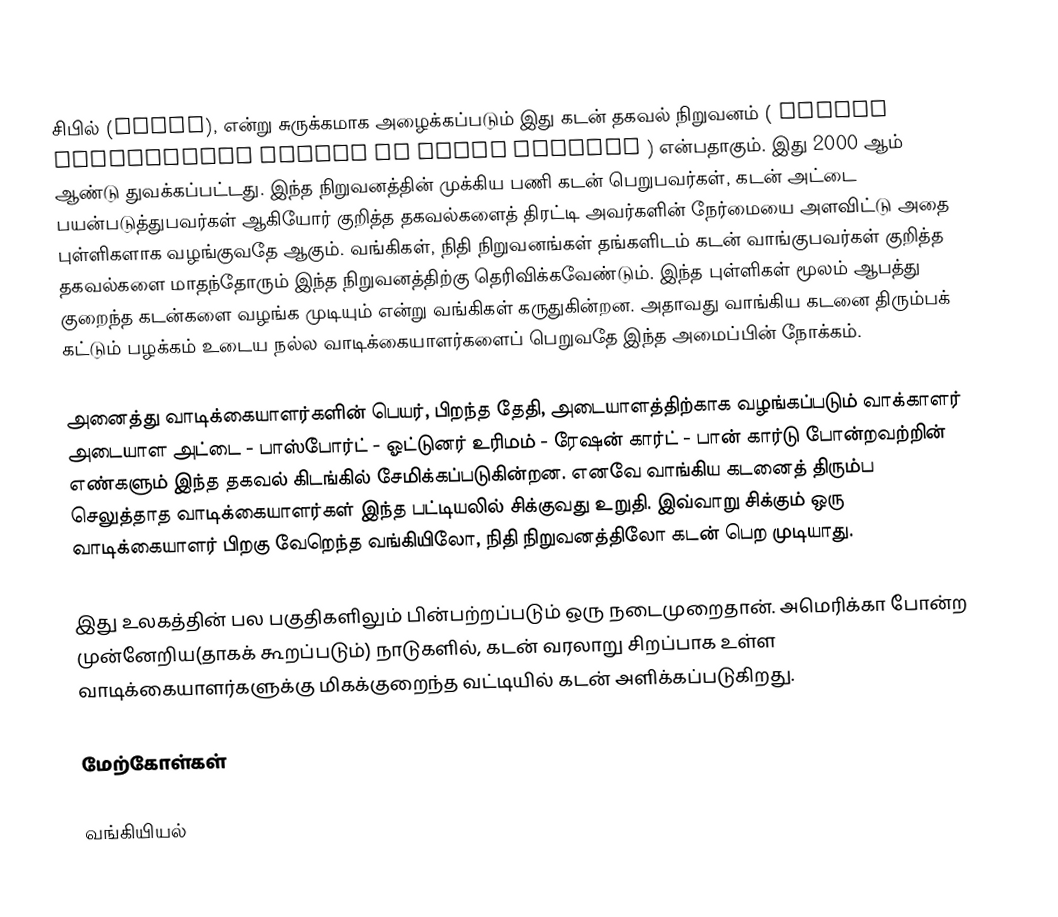
சிபில் (CIBIL), என்று சுருக்கமாக அழைக்கப்படும் இது கடன் தகவல் நிறுவனம் ( Credit Information Bureau of India Limited ) என்பதாகும். இது 2000 ஆம் ஆண்டு துவக்கப்பட்டது.  இந்த நிறுவனத்தின் முக்கிய பணி கடன் பெறுபவர்கள், கடன் அட்டை பயன்படுத்துபவர்கள் ஆகியோர் குறித்த தகவல்களைத் திரட்டி அவர்களின் நேர்மையை அளவிட்டு அதை புள்ளிகளாக வழங்குவதே ஆகும். வங்கிகள், நிதி நிறுவனங்கள் தங்களிடம் கடன் வாங்குபவர்கள் குறித்த தகவல்களை மாதந்தோரும் இந்த நிறுவனத்திற்கு தெரிவிக்கவேண்டும். இந்த புள்ளிகள் மூலம் ஆபத்து குறைந்த கடன்களை வழங்க முடியும் என்று வங்கிகள் கருதுகின்றன. அதாவது வாங்கிய கடனை திரும்பக் கட்டும் பழக்கம் உடைய நல்ல வாடிக்கையாளர்களைப் பெறுவதே இந்த அமைப்பின் நோக்கம்.

அனைத்து வாடிக்கையாளர்களின் பெயர், பிறந்த தேதி, அடையாளத்திற்காக வழங்கப்படும் வாக்காளர் அடையாள அட்டை - பாஸ்போர்ட் - ஓட்டுனர் உரிமம் - ரேஷன் கார்ட் - பான் கார்டு போன்றவற்றின் எண்களும் இந்த தகவல் கிடங்கில் சேமிக்கப்படுகின்றன. எனவே வாங்கிய கடனைத் திரும்ப செலுத்தாத வாடிக்கையாளர்கள் இந்த பட்டியலில் சிக்குவது உறுதி. இவ்வாறு சிக்கும் ஒரு வாடிக்கையாளர் பிறகு வேறெந்த வங்கியிலோ, நிதி நிறுவனத்திலோ கடன் பெற முடியாது.

இது உலகத்தின் பல பகுதிகளிலும் பின்பற்றப்படும் ஒரு நடைமுறைதான். அமெரிக்கா போன்ற முன்னேறிய(தாகக் கூறப்படும்) நாடுகளில், கடன் வரலாறு சிறப்பாக உள்ள வாடிக்கையாளர்களுக்கு மிகக்குறைந்த வட்டியில் கடன் அளிக்கப்படுகிறது.

மேற்கோள்கள்

வங்கியியல்